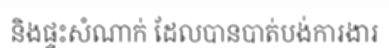
និងផ្ទះសំណាក់ ដែលបានបាត់បង់ការងារ